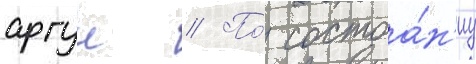
аргун // По́ состоа́н'иу